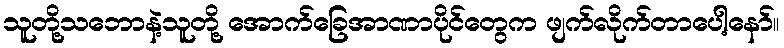
သူတို့သဘောနဲ့သူတို့ အောက်ခြေအာဏာပိုင်တွေက ဖျက်လိုက်တာပေါ့နော်။